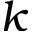
k